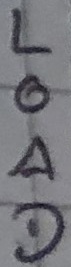
Text: LOAD